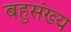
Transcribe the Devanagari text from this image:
बहुसंख्‍य